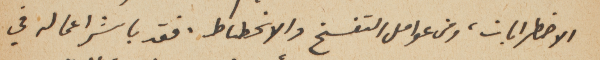
الاضطرابات، ومن عوامل التفسخ والانحطاط. فقد باشر اعماله في